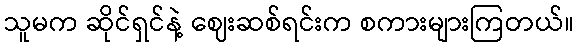
သူမက ဆိုင်ရှင်နဲ့ ဈေးဆစ်ရင်းက စကားများကြတယ်။